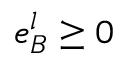
e _ { B } ^ { l } \ge 0